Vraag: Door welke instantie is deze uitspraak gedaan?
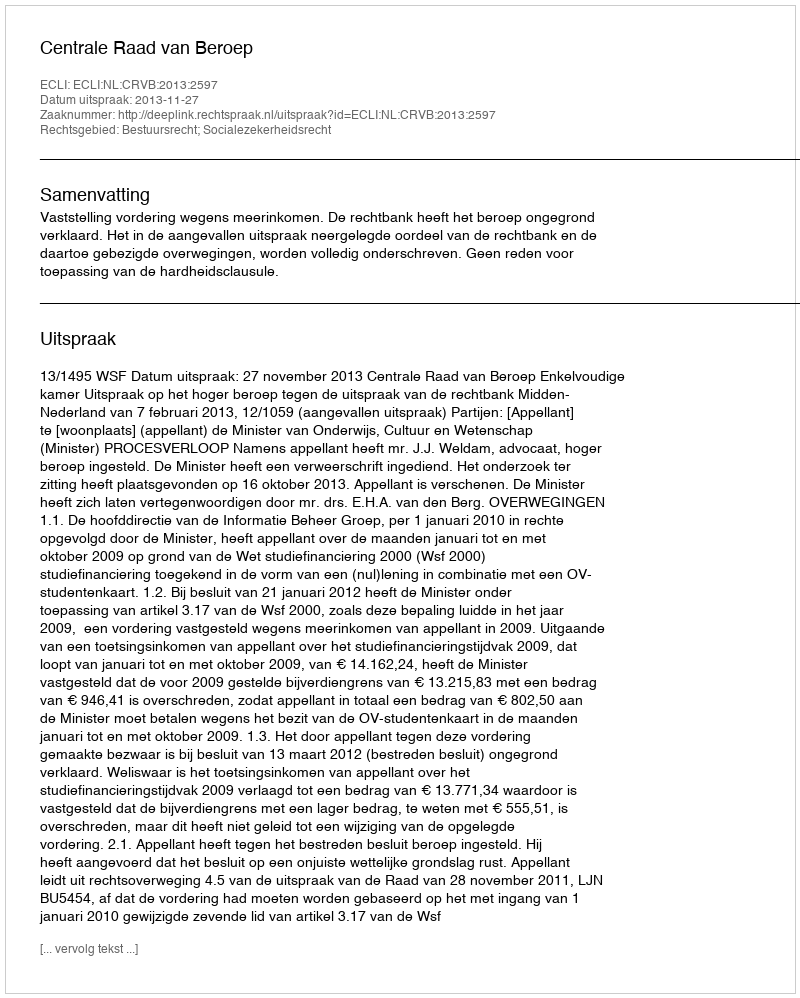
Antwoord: Centrale Raad van Beroep